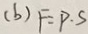
( b ) F = P . S